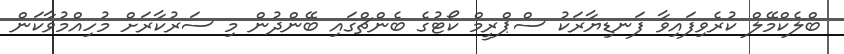
ބްލެކްމޭލް ކުރެވިފައިވާ ފަނޑިޔާރަކު ސްޕްރީމް ކޯޓުގެ ބެންޗްގައި ބޭންދުން މި ސަރުކާރަށް މުހިއްމުވާކަން